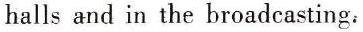
halls and in the broadcasting.